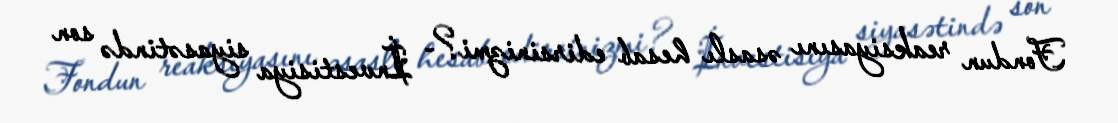
Fondun reaksiyasını əsaslı hesab edirsinizmi?- İnvestisiya siyasətində son